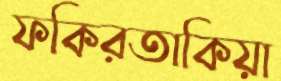
ফকিরতাকিয়া